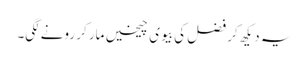
یہ دیکھ کر فضل کی بیوی چیخیں مار کر رونے لگی۔